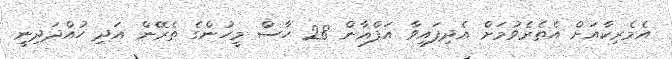
އެެމެރިކާއަށް އެތެރެވުމަށް އެދިފައިވާ އަފްޣާން 28 ހާސް މީހުންގެ ތެރޭން އަދި ހުއްދަދިނީ